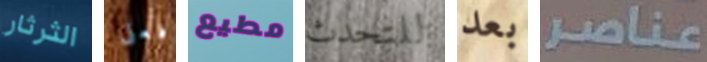
الثرثار فعلى مطيع للتحدث بعد عناصر